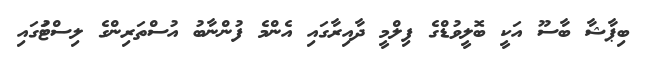
ބިޕާޝާ ބާސޫ އަކީ ބޮލީވުޑްގެ ފިލްމީ ދާއިރާގައި އެންމެ ފުންނާބު އުސްތަރިންގެ ލިސްޓުަގައި